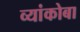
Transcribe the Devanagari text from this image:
व्यांकोबा